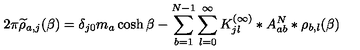
2 \pi \widetilde { \rho } _ { a , j } ( \beta ) = \delta _ { j 0 } m _ { a } \cosh \beta - \sum _ { b = 1 } ^ { N - 1 } \sum _ { l = 0 } ^ { \infty } { K _ { j l } ^ { ( \infty ) } } * A _ { a b } ^ { N } * \rho _ { b , l } ( \beta )